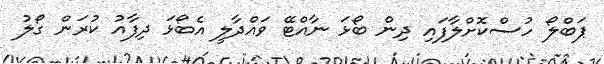
ޕަބްލޯ ހުސްކޮށްލާފައި ދިން ބޯޅަ ނާއްޓޭ ވައްދާލީ އެބޯޅަ ދިފާއު ކުރަން ގޯލު